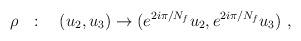
LaTeX: \begin{align*}\rho~~:\quad (u_2,u_3)\to (e^{2i\pi/N_f} u_2, e^{2i\pi/N_f}u_3)~,\end{align*}